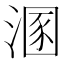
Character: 溷